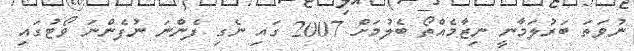
ނުވަތަ ބަރުލަމާނީ ނިޒާމެއްތޯ ބެލުމަށް 2007 ގައި ނެގި ފެންނަ ނުފެންނަ ވޯޓުގައި